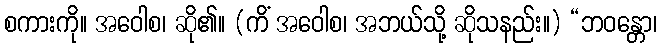
စကားကို။ အဝေါစ၊ ဆို၏။ (ကိံ အဝေါစ၊ အဘယ်သို့ ဆိုသနည်း။) “ဘဝန္တော၊